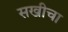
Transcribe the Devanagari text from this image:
सखीचा